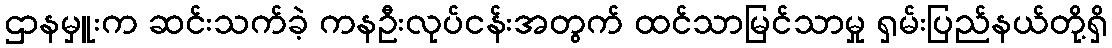
ဌာနမှူးက ဆင်းသက်ခဲ့ ကနဦးလုပ်ငန်းအတွက် ထင်သာမြင်သာမှု ရှမ်းပြည်နယ်တို့ရှိ